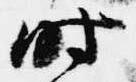
時